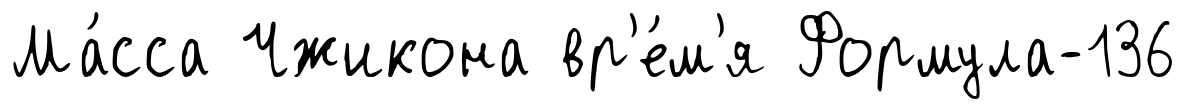
Ма́сса Чжикона вр'е́м'я Формула-136